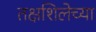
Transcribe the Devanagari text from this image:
तक्षशिलेच्या